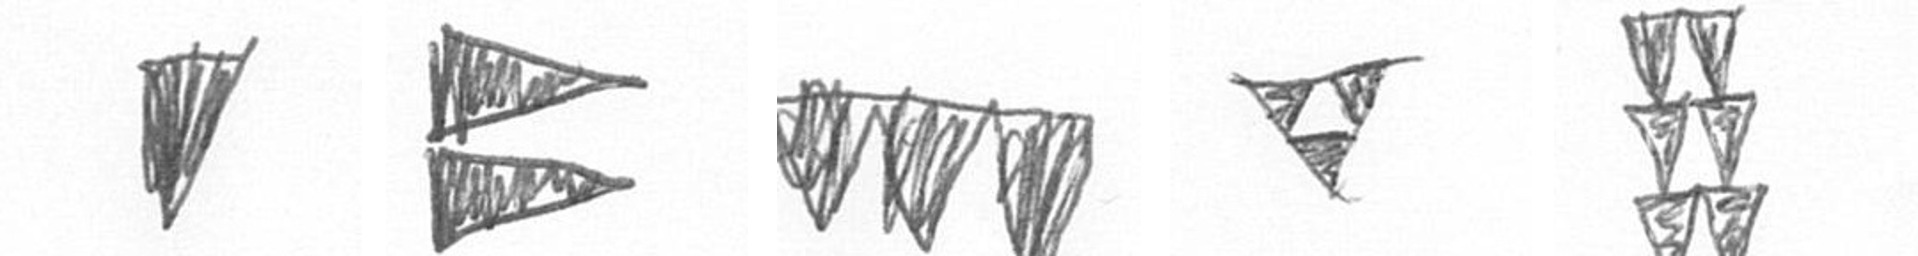
J P L S Y